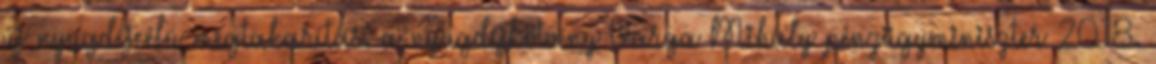
új nyugdíjcélú megtakarítás: a nyugdíjkötvény Varga Mihály pénzügyminiszter 2018.